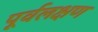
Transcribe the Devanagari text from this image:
पूर्वलक्षण